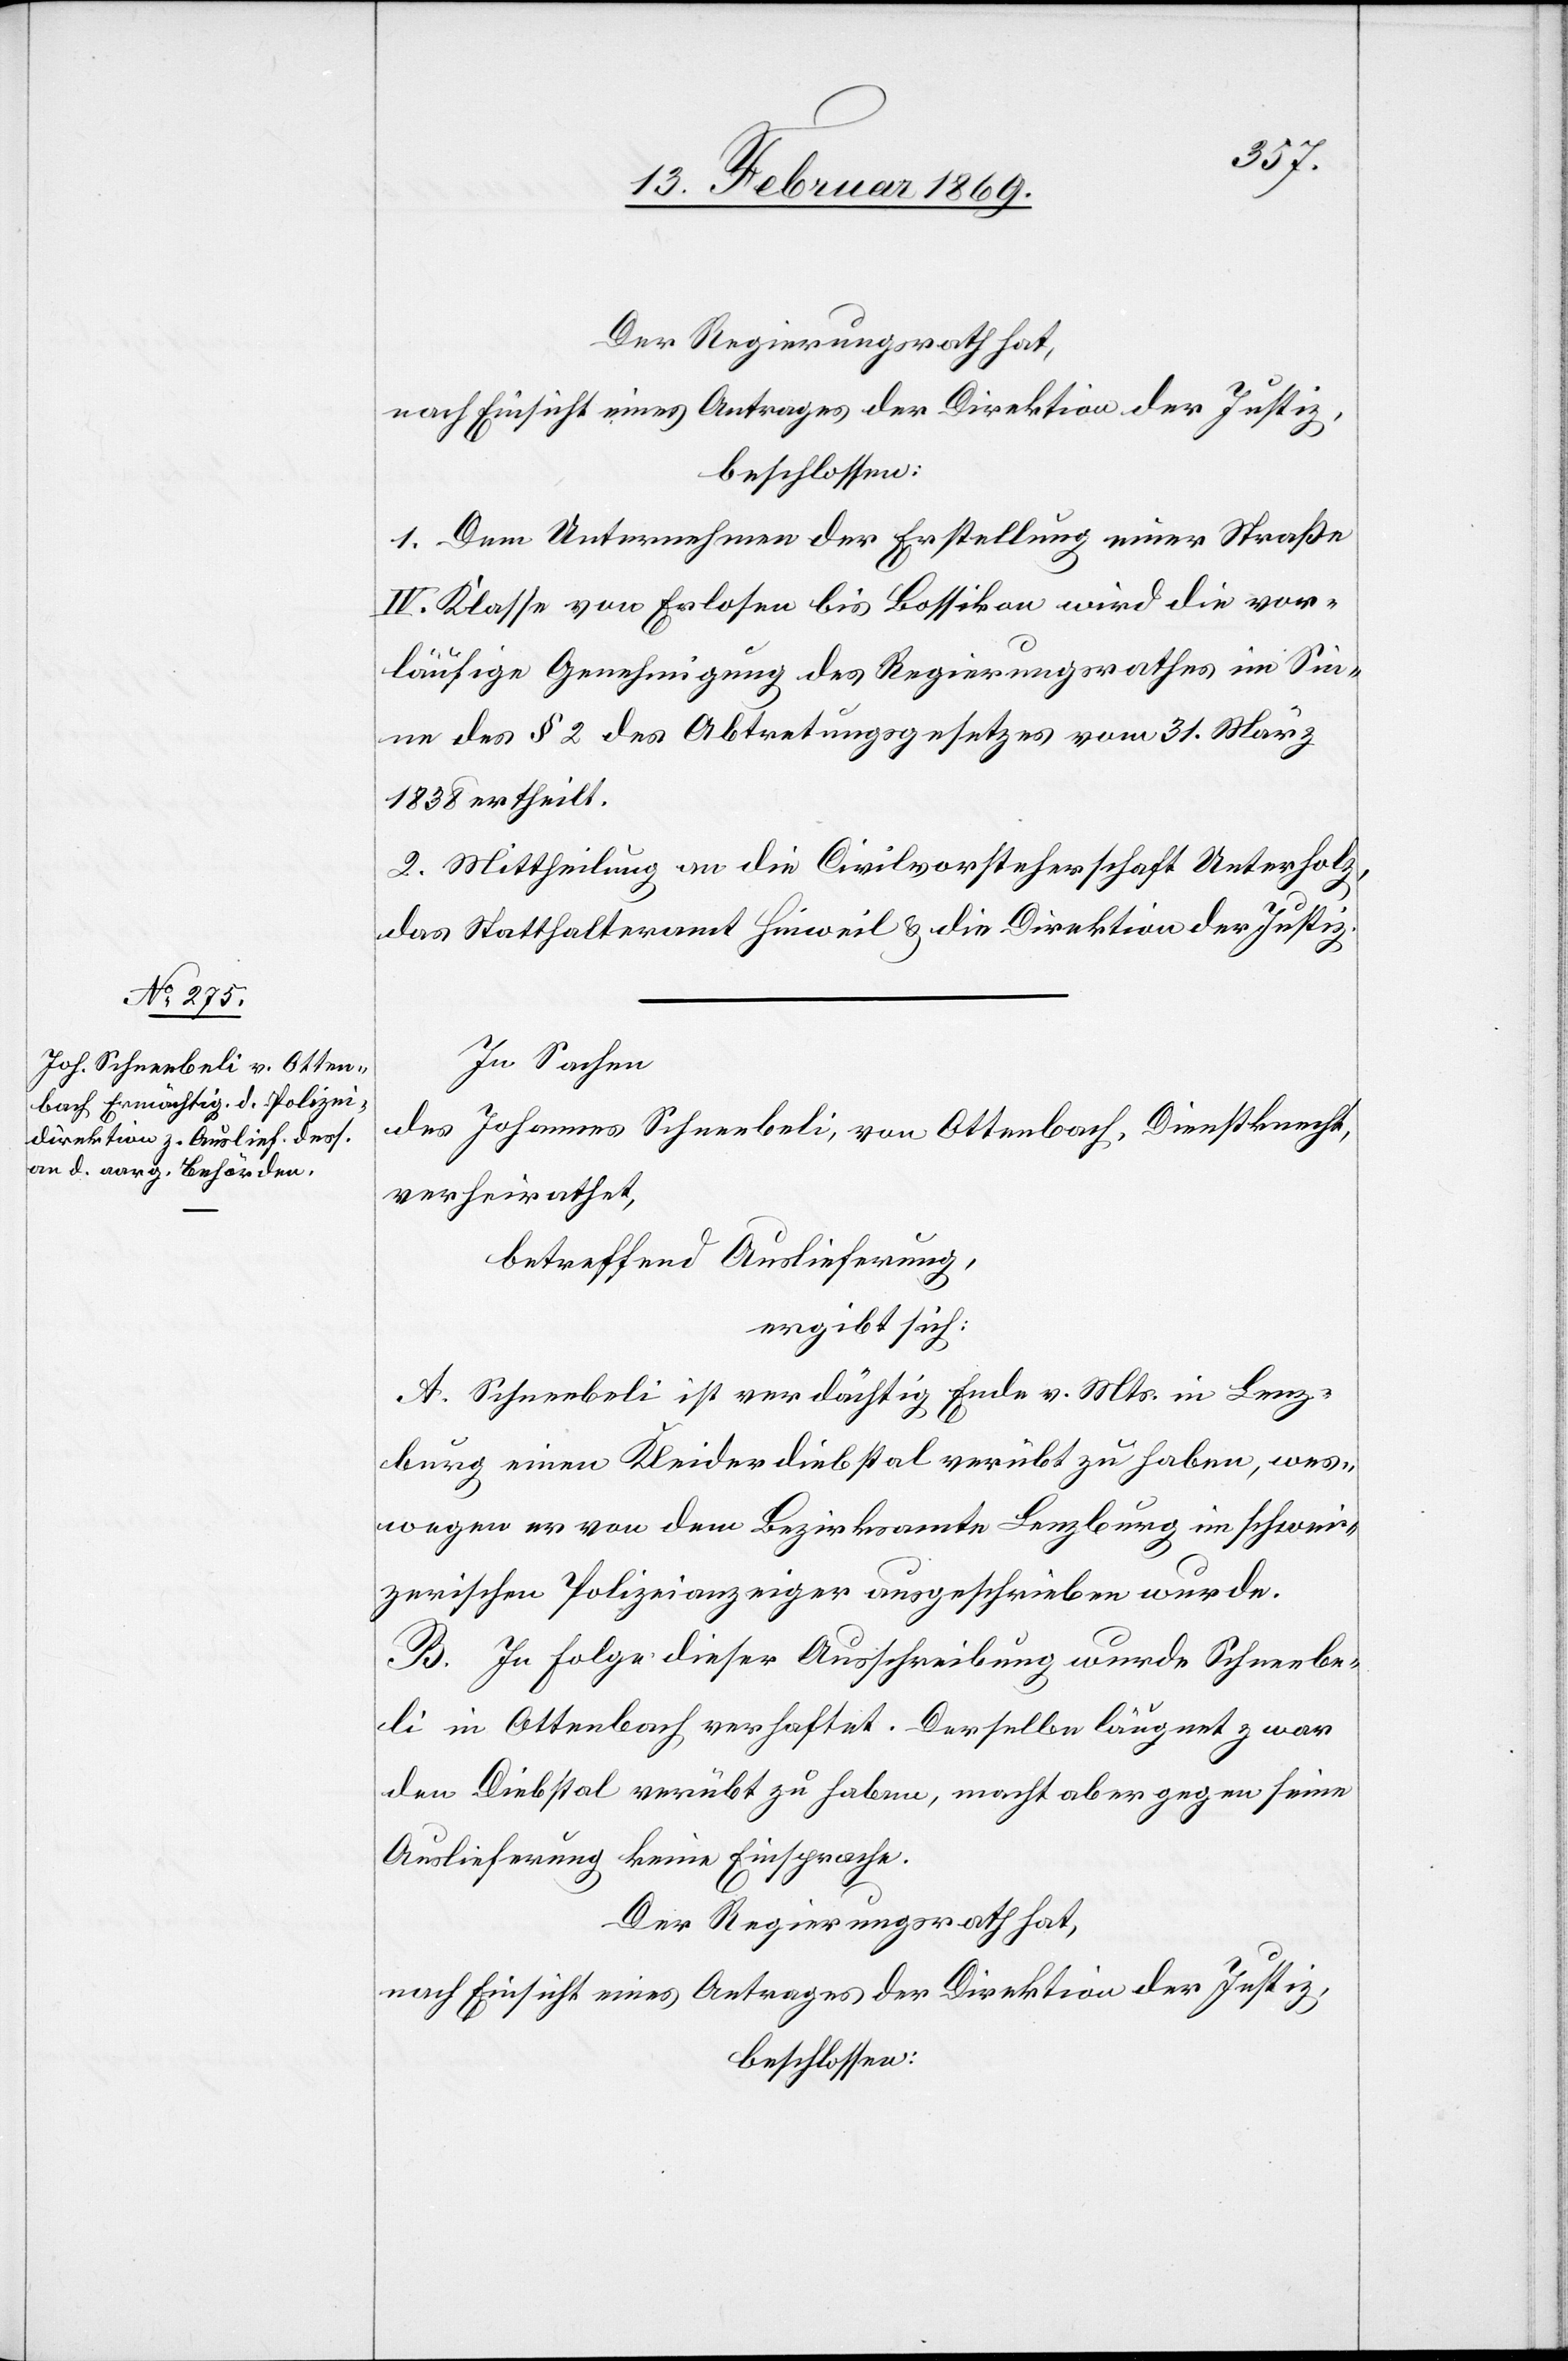
Der Regierungsrath hat,
nach Einsicht eines Antrages der Direktion der Justiz,
beschlossen:
1. Dem Unternehmen der Erstellung einer Straße
IV. Klasse von Erlosen bis Bossikon wird die vor¬
läufige Genehmigung des Regierungsrathes im Sin¬
ne des § 2 des Abtretungsgesetzes vom 31. März
1838 ertheilt.
2. Mittheilung an die Civilvorsteherschaft Unterholz,
das Statthalteramt Hinweil u. die Direktion der Justiz.
In Sachen
des Johannes Schneebeli, von Ottenbach, Dienstknecht,
verheirathet,
betreffend Auslieferung,
ergibt sich:
A. Schneebeli ist verdächtig Ende v. Mts. in Lenz¬
burg einen Kleiderdiebstal verübt zu haben, wes¬
wegen er von dem Bezirksamte Lenzburg im schwei¬
zerischen Polizeianzeiger ausgeschrieben wurde.
B. In Folge dieser Ausschreibung wurde Schneebe¬
li in Ottenbach verhaftet. Derselbe läugnet zwar
den Diebstal verübt zu haben, macht aber gegen seine
Auslieferung keine Einsprache.
Der Regierungsrath hat,
nach Einsicht eines Antrages der Direktion der Justiz,
beschlossen: